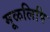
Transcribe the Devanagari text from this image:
मूळलिपि